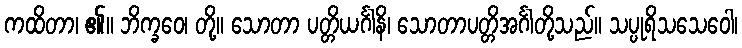
ကထိတာ၊ ၏။ ဘိက္ခဝေ၊ တို့။ သောတာ ပတ္တိယင်္ဂါနိ၊ သောတာပတ္တိအင်္ဂါတို့သည်။ သပ္ပုရိသသေဝေါ၊